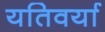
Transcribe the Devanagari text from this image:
यतिवर्या